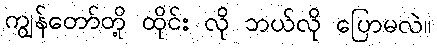
ကျွန်တော်တို့ ထိုင်း လို ဘယ်လို ပြောမလဲ။